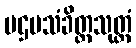
ပဌမသံခိတ္တသုတ္တံ